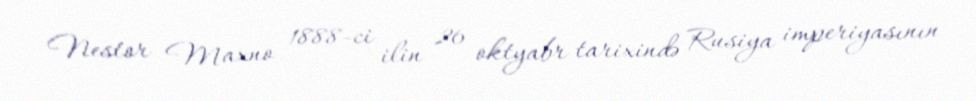
Nestor Maxno 1888-ci ilin 26 oktyabr tarixində Rusiya imperiyasının